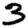
Digit: 3